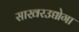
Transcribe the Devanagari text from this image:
साखरउद्योगा